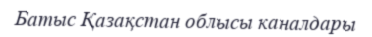
Батыс Қазақстан облысы каналдары